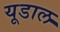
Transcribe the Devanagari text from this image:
यूडाल